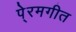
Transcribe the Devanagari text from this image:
पे्रमगीत